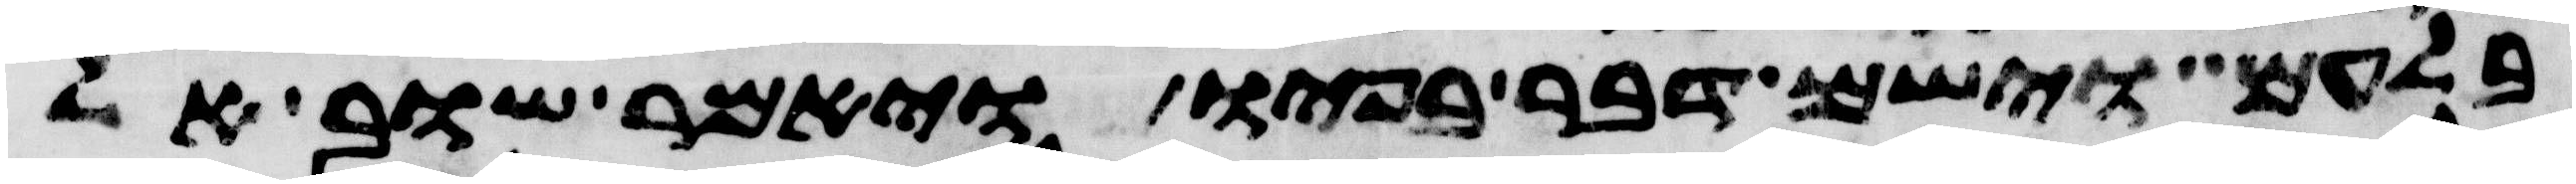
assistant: בלעם וישם דבר בפיו ויאמר שוב אל